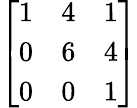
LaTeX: \left[\begin{array}{lll}{1}&{4}&{1}\\ {0}&{6}&{4}\\ {0}&{0}&{1}\end{array}\right]